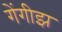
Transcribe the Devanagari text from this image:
गेंगीझ